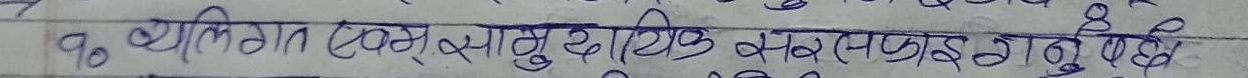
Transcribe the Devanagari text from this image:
१० व्यक्तिगत (व्यवस्थापनु क्षतिको भर (प्राप्त गर्नु पर्दछ )